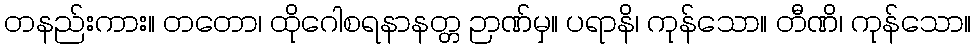
တနည်းကား။ တတော၊ ထိုဂေါစရနာနတ္တ ဉာဏ်မှ။ ပရာနိ၊ ကုန်သော။ တီဏိ၊ ကုန်သော။